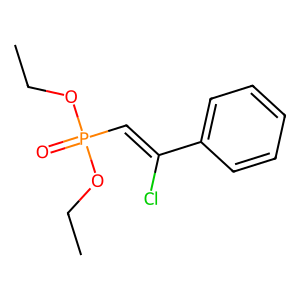
SMILES: CCOP(=O)(C=C(Cl)c1ccccc1)OCC
Inhibits HIV replication: No